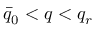
\bar { q } _ { 0 } < q < q _ { r }